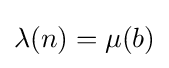
\lambda (n)=\mu (b)